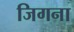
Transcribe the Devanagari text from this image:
जिगना